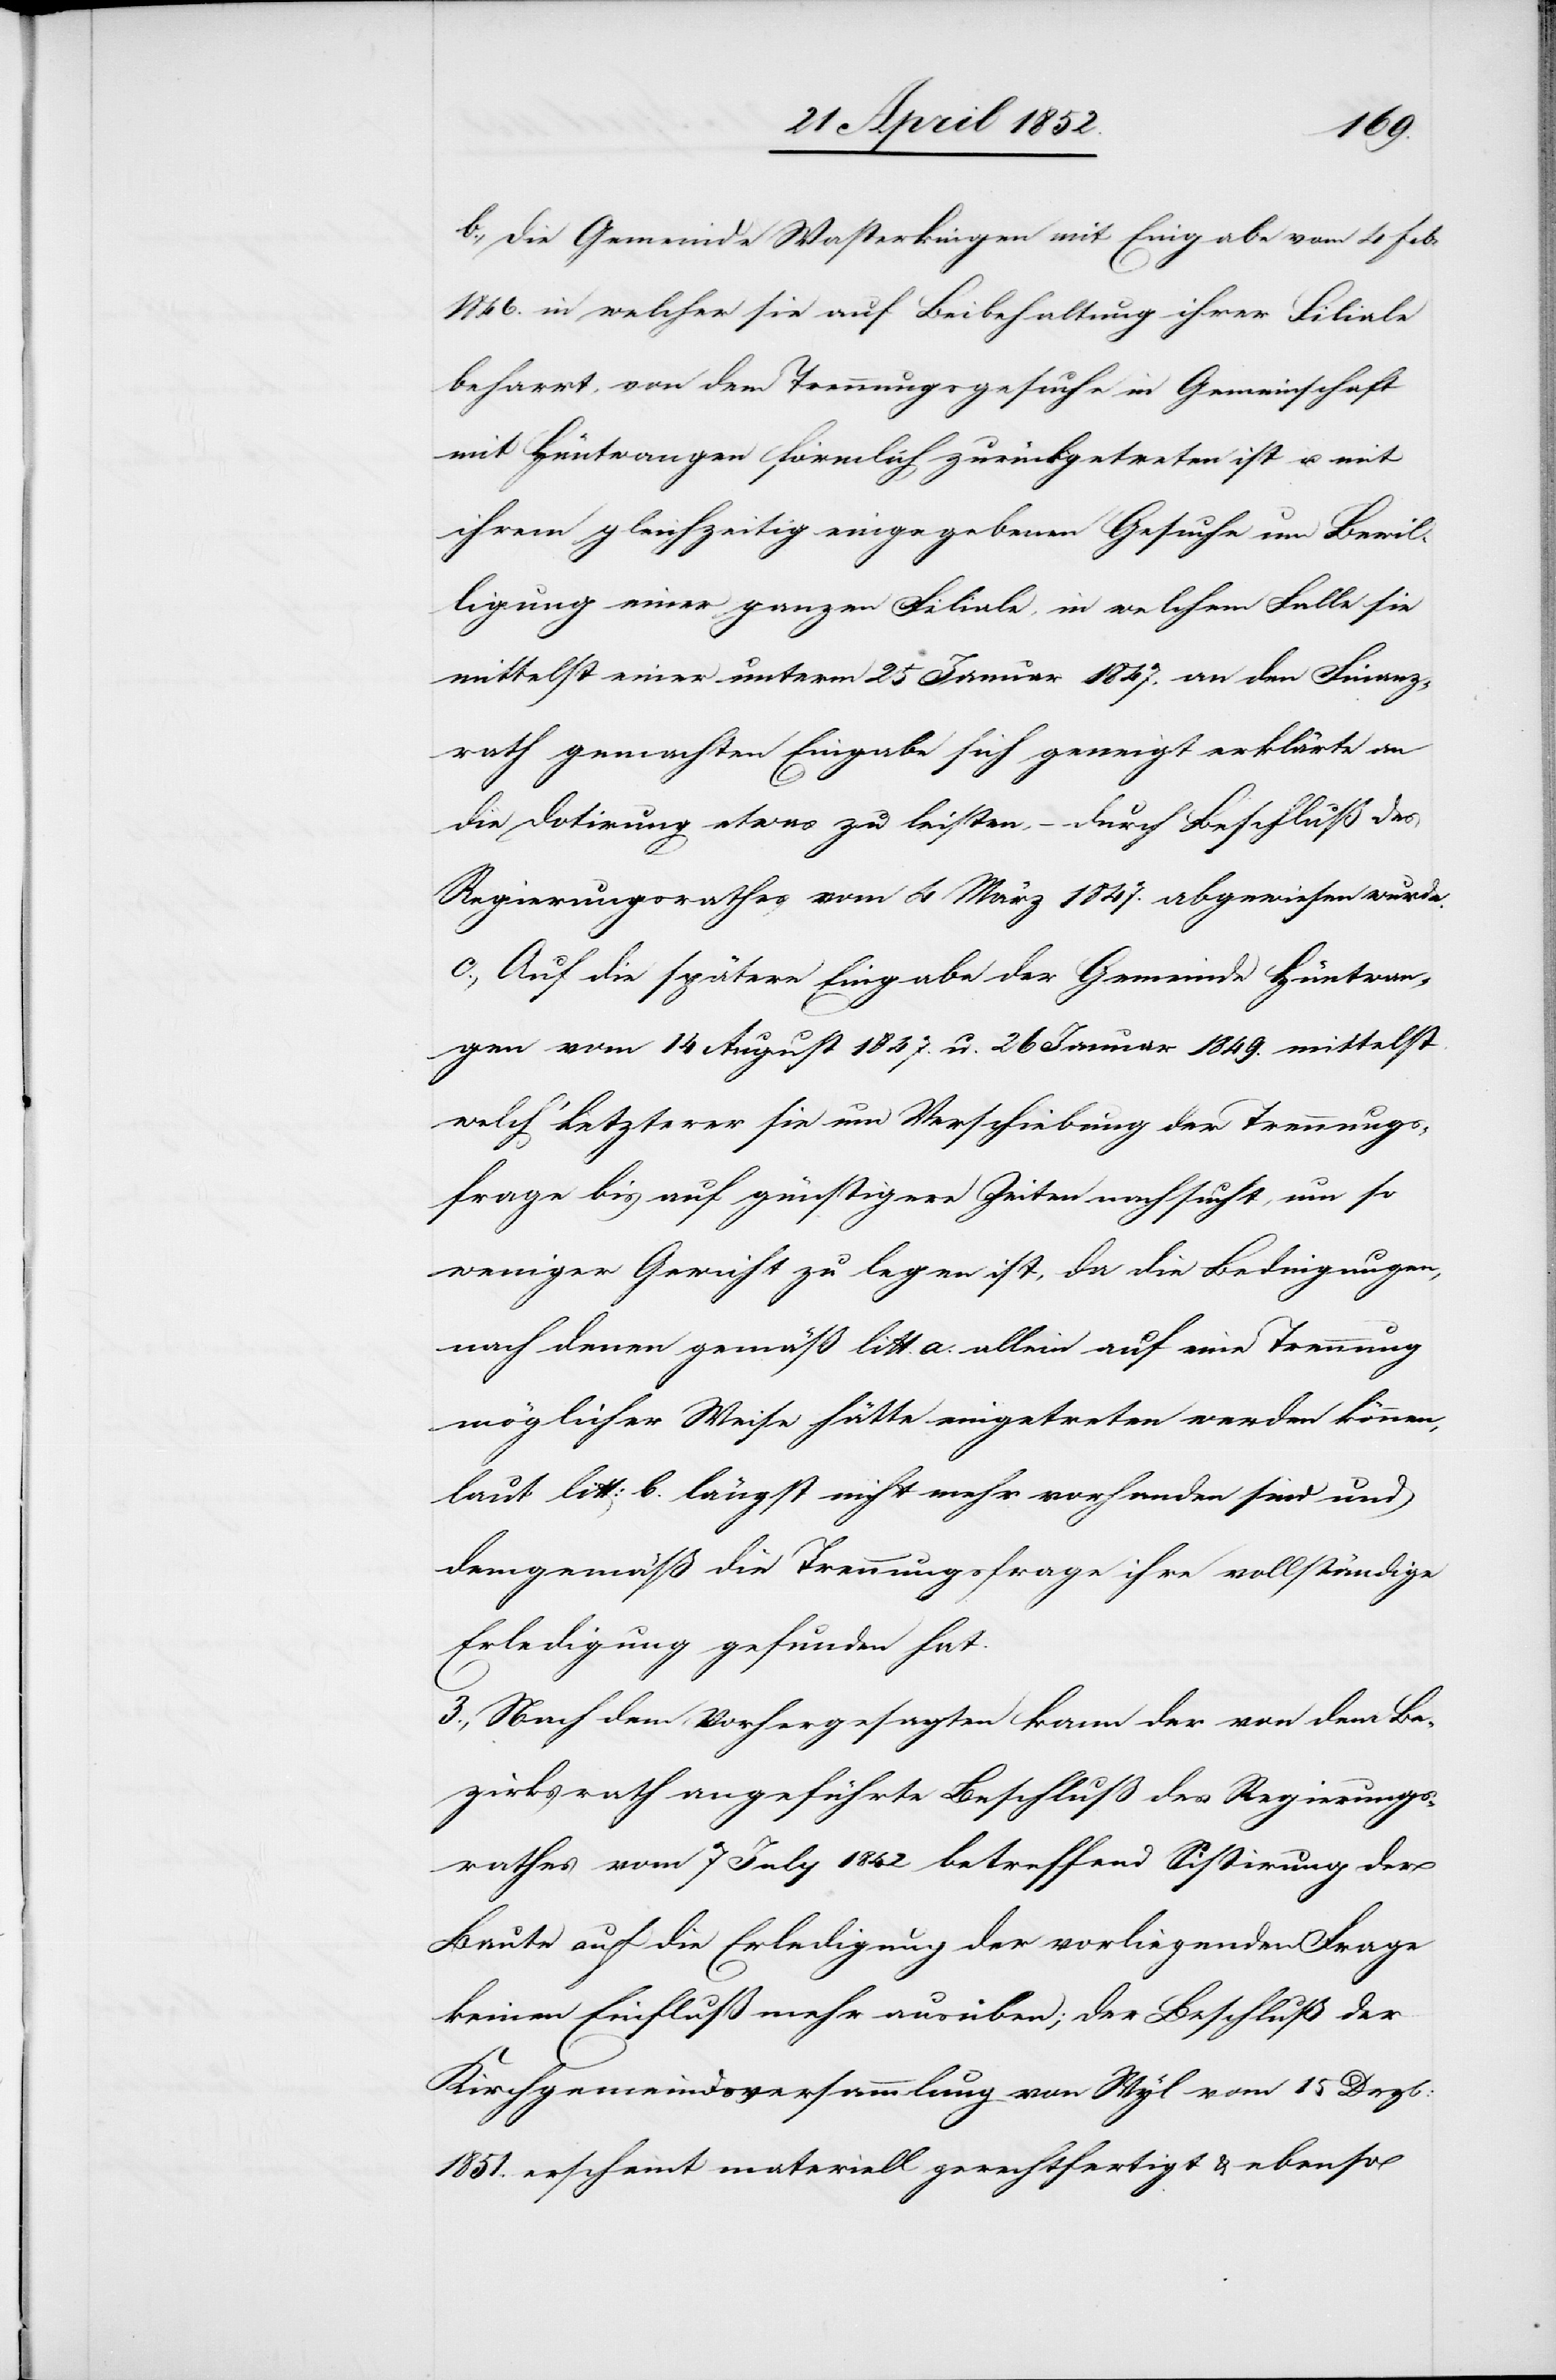
b., Die Gemeinde Wasterkingen mit Eingabe vom 4 Feb:
1846. in welcher sie auf Beibehaltung ihrer Filiale
beharrt, von dem Trennungsgesuche in Gemeinschaft
mit Hüntwangen förmlich zurückgetreten ist u. mit
ihrem gleichzeitig eingegebenen Gesuche um Bewil¬
ligung einer ganzen Filiale, in welchem Falle sie
mittelst einer unterm 25 Januar 1847. an den Finanz¬
rath gemachten Eingabe sich geneigt erklärte an
die Dotirung etwas zu leisten, – durch Beschluß des
Regierungsrathes vom 4 März 1847. abgewiesen wurde.
c., Auf die spätere Eingabe der Gemeinde Hüntwan¬
gen vom 14 August 1847. u. 26 Januar 1849. mittelst
welch‘ Letzterer sie um Verschiebung der Trennungs¬
frage bis auf günstigere Zeiten nachsucht, um so
weniger Gewicht zu legen ist, da die Bedingungen,
nach denen gemäß litt. a. allein auf eine Trennung
möglicher Weise hätte eingetreten werden können,
laut litt: b. längst nicht mehr vorhanden sind und
demgemäß die Trennungsfrage ihre vollständige
Erledigung gefunden hat.
3., Nach dem Vorhergesagten kann der von dem Be¬
zirksrath angeführte Beschluß des Regierungs¬
rathes vom 7 July 1842 betreffend Sistirung der
Baute auf die Erledigung der vorliegenden Frage
keinen Einfluß mehr ausüben; der Beschluß der
Kirchgemeindsversammlung von Wyl vom 15 Dezb:
1851. erscheint materiell gerechtfertigt & ebenso